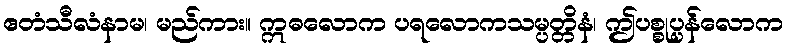
ဧတံသီလံနာမ၊ မည်ကား။ ဣဓလောက ပရလောကသမ္ပတ္တိနံ၊ ဤပစ္စုပ္ပန်လောက